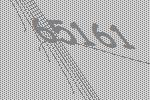
65161